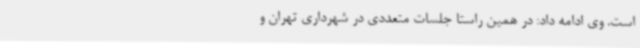
است. وی ادامه داد: در همین راستا جلسات متعددی در شهرداری تهران و